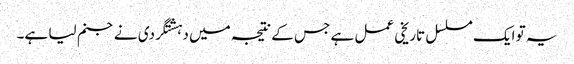
یہ تو ایک مسلسل تاریخی عمل ہے جس کے نتیجہ میں دہشتگردی نے جنم لیا ہے۔